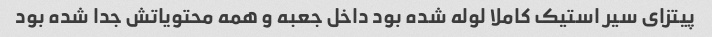
پیتزای سیر استیک کاملا لوله شده بود داخل جعبه و همه محتویاتش جدا شده بود